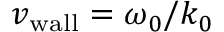
{ v _ { \mathrm { w a l l } } } = \omega _ { 0 } / k _ { 0 }